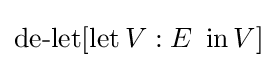
\operatorname {de-let} [\operatorname {let} V:E\ \operatorname {in} V]